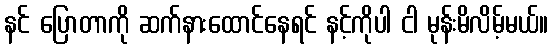
နင် ပြောတာကို ဆက်နားထောင်နေရင် နင့်ကိုပါ ငါ မုန်းမိလိမ့်မယ်။